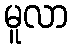
မူလာ